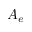
A _ { e }